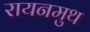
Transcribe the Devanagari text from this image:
रायनमुथ